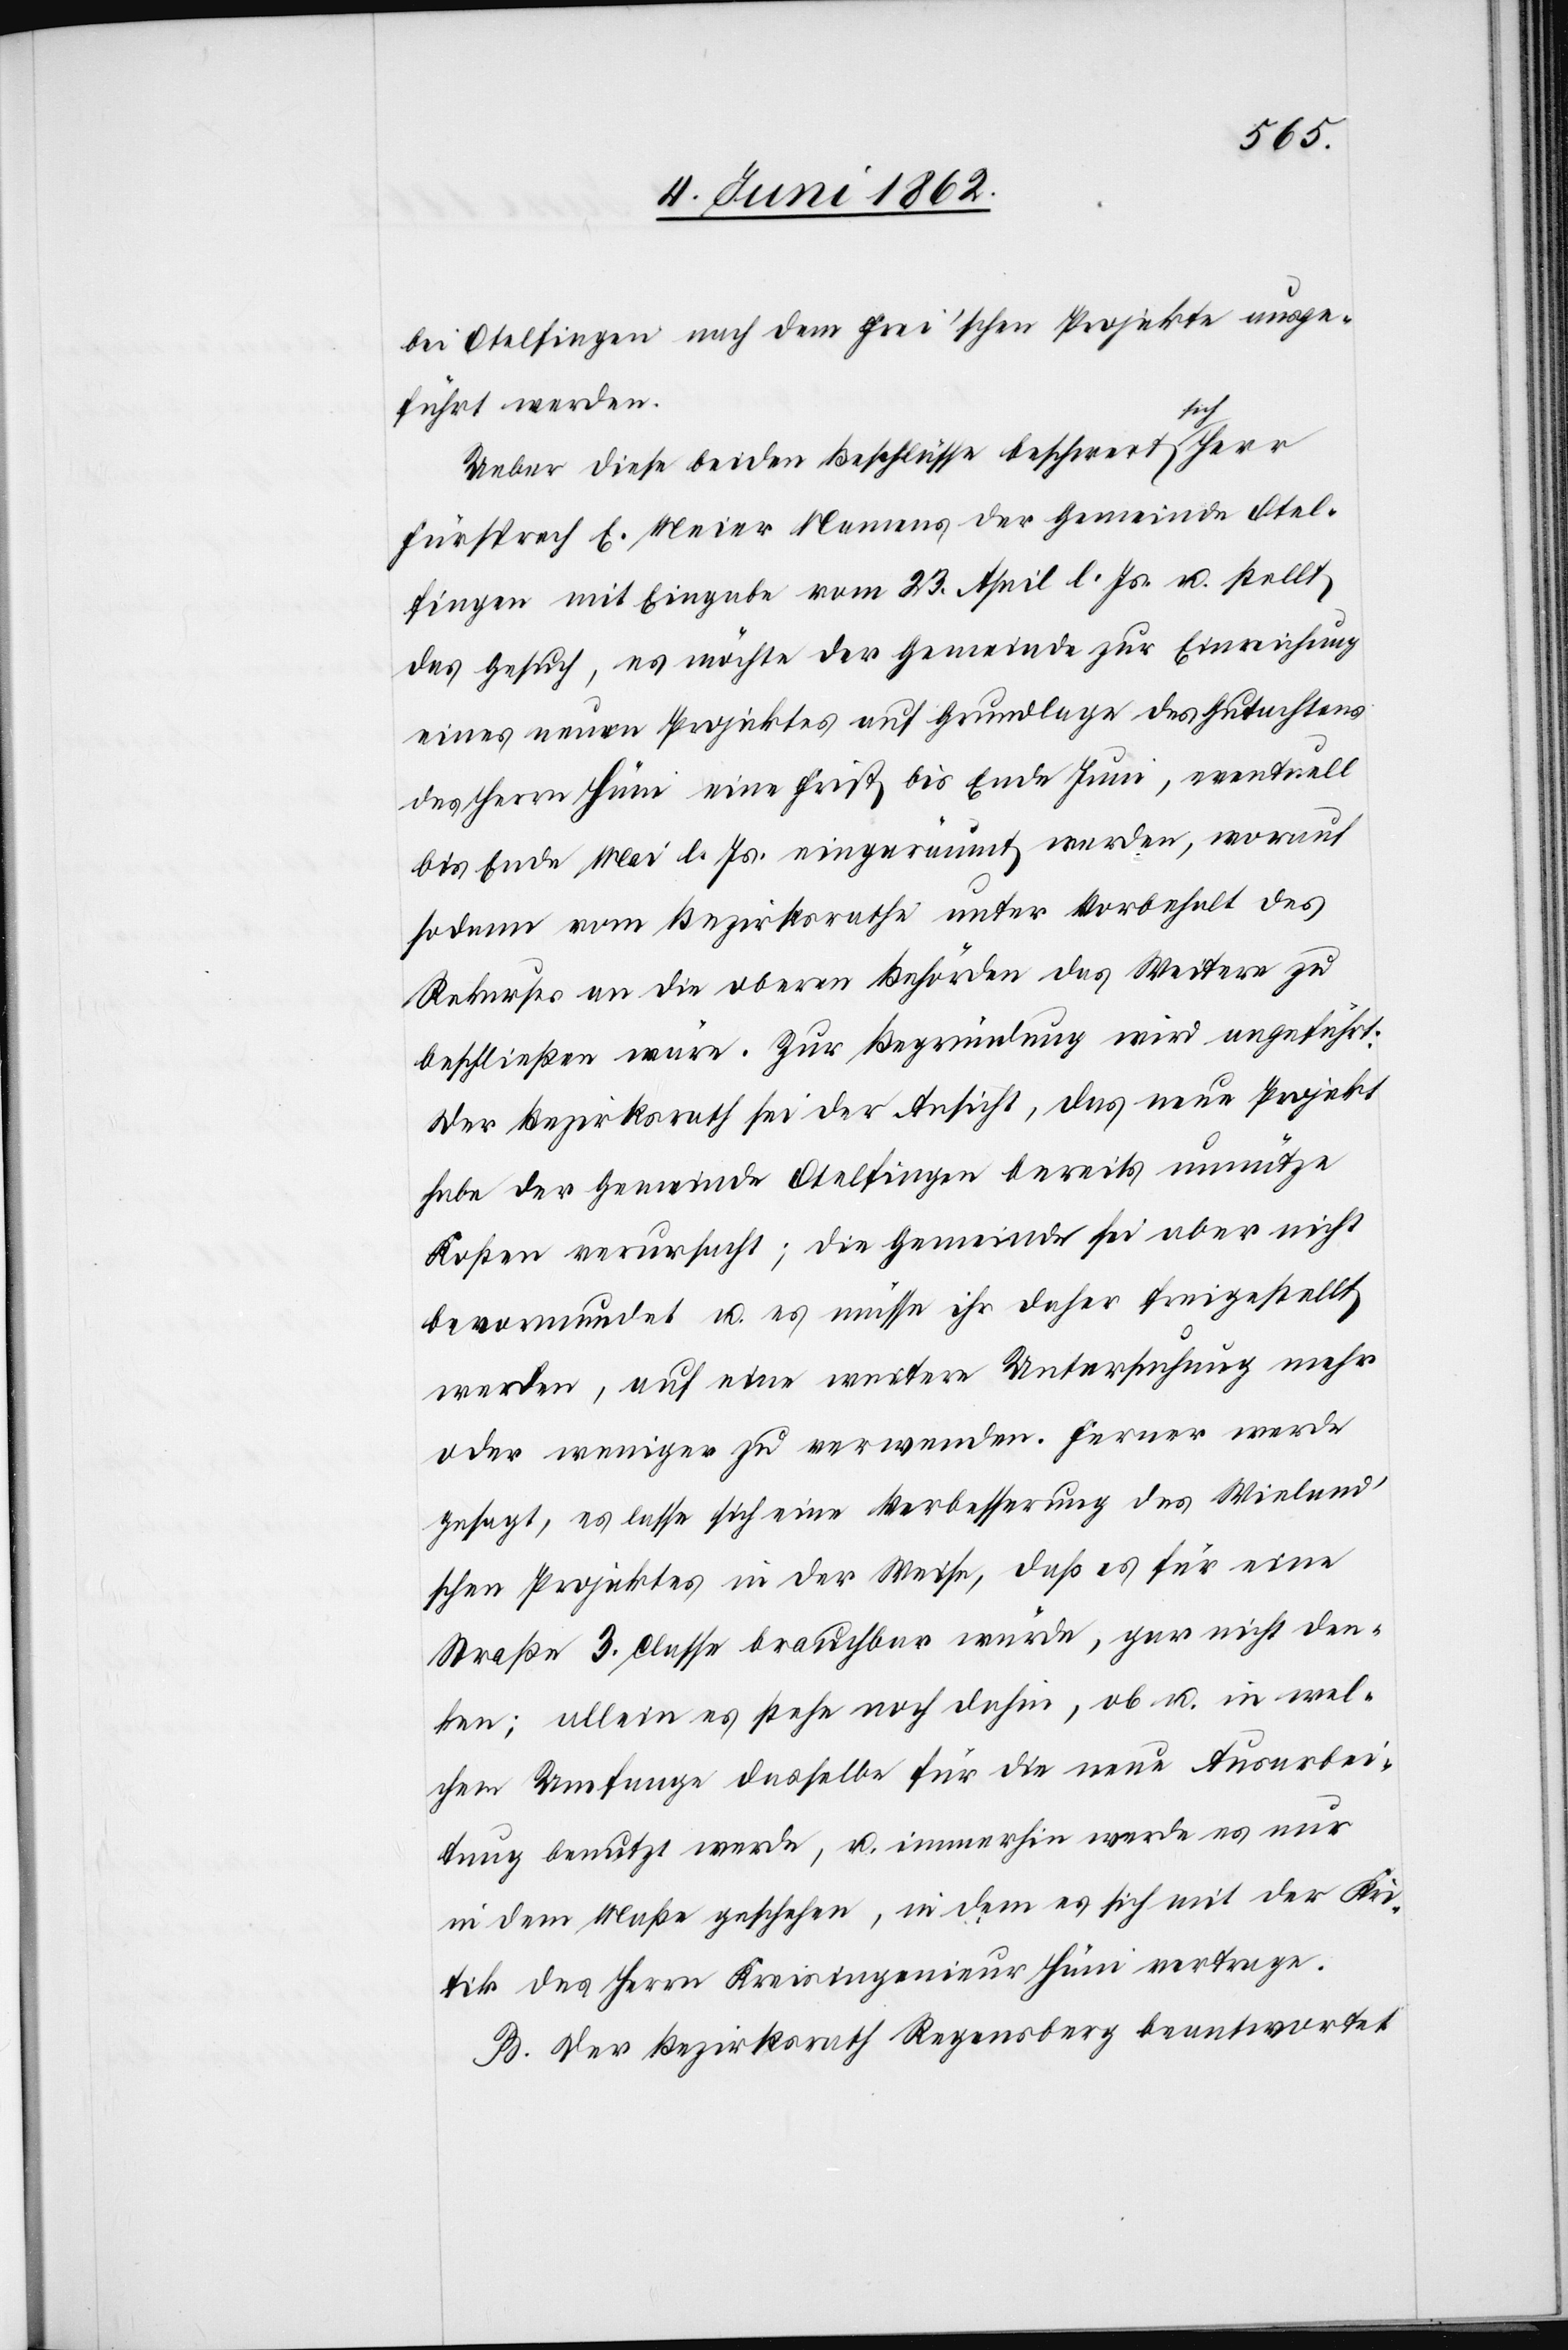
bei Otelfingen nach dem Frei’schen Projekte ausge¬
führt werden.
Ueber diese beiden Beschlüsse beschwert sich Herr
Fürsprech E. Meier Namens der Gemeinde Otel¬
fingen mit Eingabe vom 23. April l. Js. u. stellt
das Gesuch, es möchte der Gemeinde zur Einreichung
eines neuen Projektes auf Grundlage des Gutachtens
des Herrn Hüni eine Frist bis Ende Juni, eventuell
bis Ende Mai l. J. eingeräumt werden, worauf
sodann vom Bezirksrathe unter Vorbehalt des
Rekurses an die oberen Behörden das Weitere zu
beschließen wäre. Zur Begründung wird angeführt:
Der Bezirksrath sei der Ansicht, das neue Projekt
habe der Gemeinde Otelfingen bereits unnütze
Kosten verursacht; die Gemeinde sei aber nicht
bevormundet u. es müsse ihr daher freigestellt
werden, auf eine weitere Untersuchung mehr
oder weniger zu verwenden. Ferner werde
gesagt, es lasse sich eine Verbesserung des Wieland’s¬
chen Projektes in der Weise, daß es für eine
Straße 3. Classe brauchbar würde, gar nicht den¬
ken; allein es stehe noch dahin, ob u. in wel¬
chem Umfange dasselbe für die neue Ausarbei¬
tung benutzt werde, u. immerhin werde es nur
in dem Maße geschehen, in dem es sich mit der Kri¬
tik des Herrn Kreisingenieur Hüni vertrage.
B. Der Bezirksrath Regensberg beantwortet